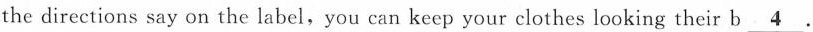
the directions say on the label, you can keep your clothes looking their b\underline{4}.